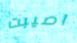
اصيبت